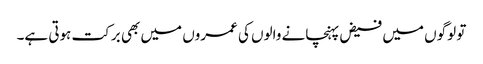
تو لوگوں میں فیض پہنچانے والوں کی عمروں میں بھی برکت ہوتی ہے۔